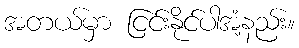
အတယ်မှာ ငြင်းနိုင်ပါအံ့နည်း။